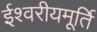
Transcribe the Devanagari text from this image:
ईश्वरीयमूर्ति